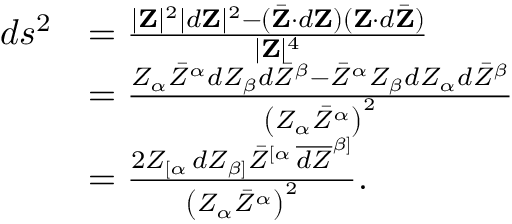
{ \begin{array} { r l } { d s ^ { 2 } } & { = { \frac { | \mathbf { Z } | ^ { 2 } | d \mathbf { Z } | ^ { 2 } - ( { \bar { \mathbf { Z } } } \cdot d \mathbf { Z } ) ( \mathbf { Z } \cdot d { \bar { \mathbf { Z } } } ) } { | \mathbf { Z } | ^ { 4 } } } } \\ & { = { \frac { Z _ { \alpha } { \bar { Z } } ^ { \alpha } d Z _ { \beta } d { \bar { Z } } ^ { \beta } - { \bar { Z } } ^ { \alpha } Z _ { \beta } d Z _ { \alpha } d { \bar { Z } } ^ { \beta } } { \left( Z _ { \alpha } { \bar { Z } } ^ { \alpha } \right) ^ { 2 } } } } \\ & { = { \frac { 2 Z _ { [ \alpha } \, d Z _ { \beta ] } { \bar { Z } } ^ { [ \alpha } \, { \overline { { d Z } } } ^ { \beta ] } } { \left( Z _ { \alpha } { \bar { Z } } ^ { \alpha } \right) ^ { 2 } } } . } \end{array} }